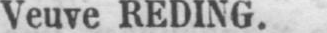
Veuve REDING.